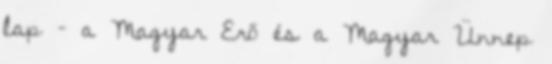
lap – a Magyar Erő és a Magyar Ünnep